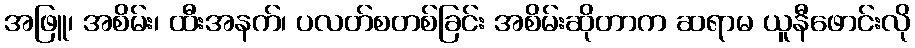
အဖြူ၊ အစိမ်း၊ ထီးအနက်၊ ပလတ်စတစ်ခြင်း အစိမ်းဆိုတာက ဆရာမ ယူနီဖောင်းလို